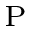
_ \textrm { P }